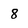
Character: 8